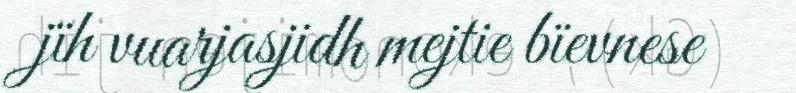
jïh vuarjasjidh mejtie bïevnese